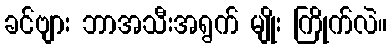
ခင်ဗျား ဘာအသီးအရွက် မျိုး ကြိုက်လဲ။